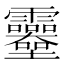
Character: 𩇎